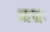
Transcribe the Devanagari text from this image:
ऋद्धः